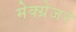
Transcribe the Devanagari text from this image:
मेक्ग्रेजर